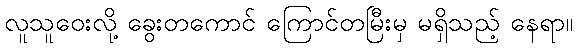
လူသူဝေးလို့ ခွေးတကောင် ကြောင်တမြီးမှ မရှိသည့် နေရာ။